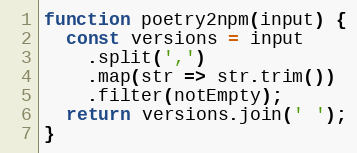
Language: JavaScript
function poetry2npm(input) {
  const versions = input
    .split(',')
    .map(str => str.trim())
    .filter(notEmpty);
  return versions.join(' ');
}